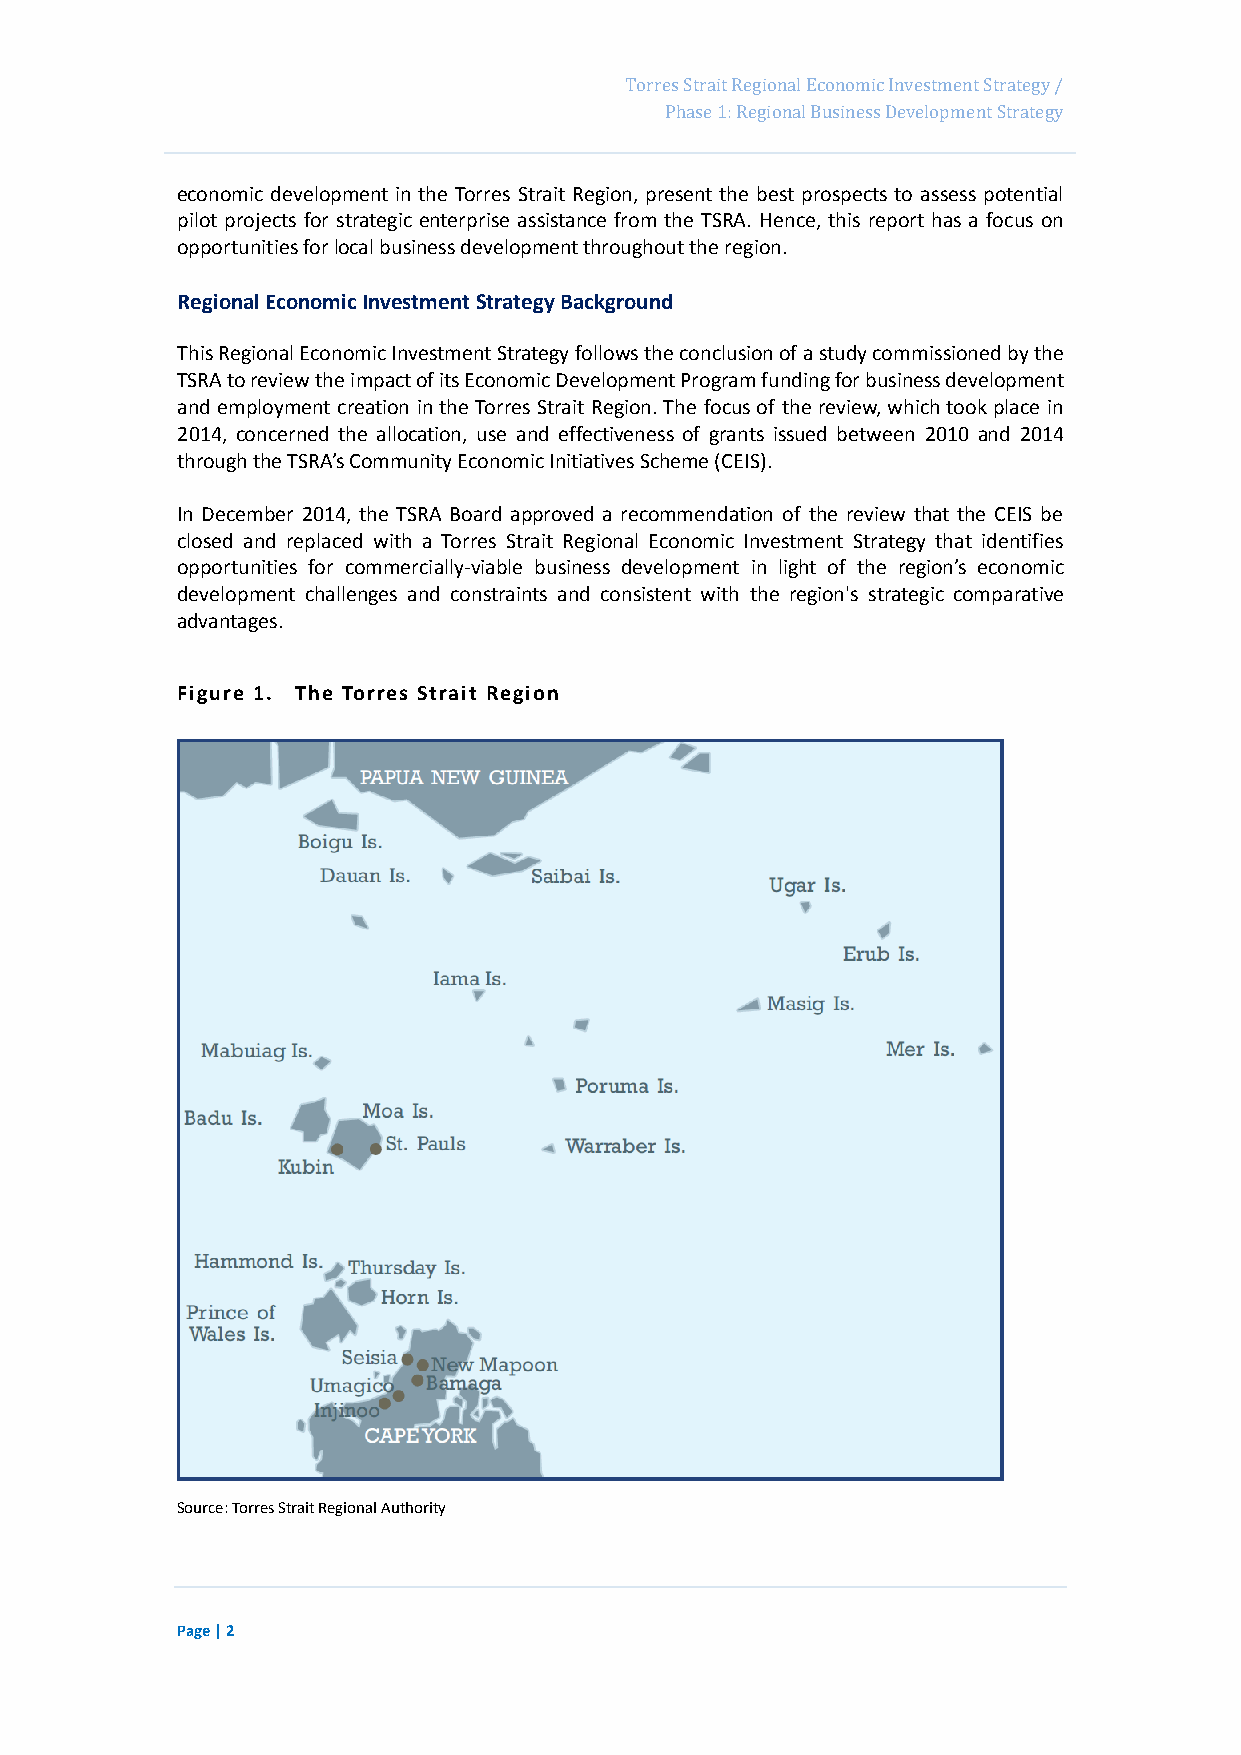
Page 18
 Torres Strait Regional Economic Investment Strategy /
 Phase 1: Regional Business Development Strategy
 economic development in the Torres Strait Region, present the best prospects to assess potential
 pilot projects for strategic enterprise assistance from the TSRA. Hence, this report has a focus on
 opportunities for local business development throughout the region.
 Regional Economic Investment Strategy Background
 This Regional Economic Investment Strategy follows the conclusion of a study commissioned by the
 TSRA to review the impact of its Economic Development Program funding for business development
 and employment creation in the Torres Strait Region. The focus of the review, which took place in
 2014, concerned the allocation, use and effectiveness of grants issued between 2010 and 2014
 through the TSRA’s Community Economic Initiatives Scheme (CEIS).
 In December 2014, the TSRA Board approved a recommendation of the review that the CEIS be
 closed and replaced with a Torres Strait Regional Economic Investment Strategy that identifies
 opportunities for commercially-viable business development in light of the region’s economic
 development challenges and constraints and consistent with the region's strategic comparative
 advantages.
 Figure 1. The Torres Strait Region
 Source: Torres Strait Regional Authority
 Page | 2